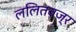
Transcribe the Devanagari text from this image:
ललितवज्र